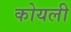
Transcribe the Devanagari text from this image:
कोयली